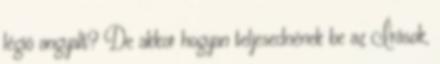
légió angyalt? De akkor hogyan teljesednének be az Írások,